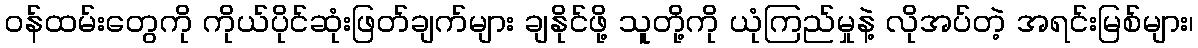
ဝန်ထမ်းတွေကို ကိုယ်ပိုင်ဆုံးဖြတ်ချက်များ ချနိုင်ဖို့ သူတို့ကို ယုံကြည်မှုနဲ့ လိုအပ်တဲ့ အရင်းမြစ်များ၊